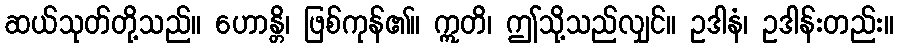
ဆယ်သုတ်တို့သည်။ ဟောန္တိ၊ ဖြစ်ကုန်၏။ ဣတိ၊ ဤသို့သည်လျှင်။ ဥဒါနံ၊ ဥဒါန်းတည်း။